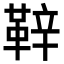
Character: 𮧝